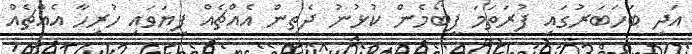
އަދި ބަހަބަރުގައި ފުރަތަމަ ފީބޯމެން ކުޅުނު ދެތިން އެއްޗެއް ފިޔަވައި ހުރިހާ އެއްޗެއް